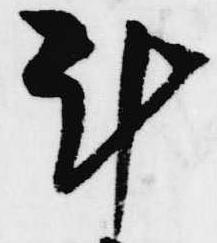
計